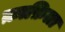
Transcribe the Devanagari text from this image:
क़ाफ़िला